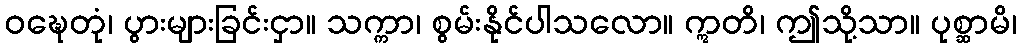
ဝဍ္ဎေတုံ၊ ပွားများခြင်းငှာ။ သက္ကာ၊ စွမ်းနိုင်ပါသလော။ ဣတိ၊ ဤသို့သာ။ ပုစ္ဆာမိ၊